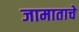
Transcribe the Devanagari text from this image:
जामाताचे